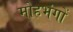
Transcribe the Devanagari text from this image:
मोहभंगों